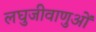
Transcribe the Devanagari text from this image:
लघुजीवाणुओं